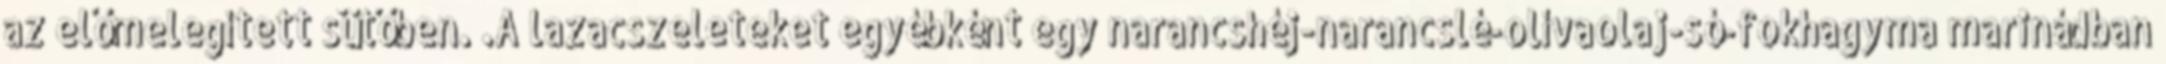
az előmelegített sütőben. .A lazacszeleteket egyébként egy narancshéj-narancslé-olívaolaj-só-fokhagyma marinádban